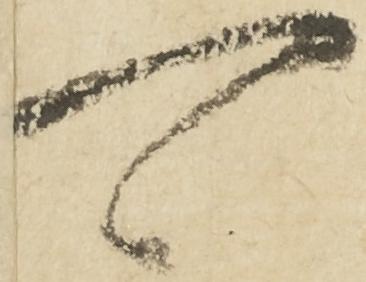
可